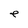
Character: e